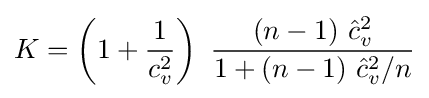
K=\left(1+{\frac {1}{c_{v}^{2}}}\right)\ {\frac {(n-1)\ {\hat {c}}_{v}^{2}}{1+(n-1)\ {\hat {c}}_{v}^{2}/n}}